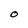
Character: O